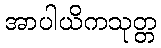
အာပါယိကသုတ္တ